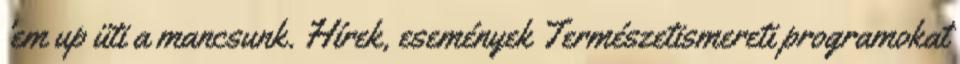
'em up üti a mancsunk. Hírek, események Természetismereti programokat